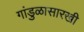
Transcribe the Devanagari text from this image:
गांडुळासारखी